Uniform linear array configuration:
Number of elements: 64
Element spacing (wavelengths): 0.5
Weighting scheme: exponential
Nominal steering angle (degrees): -45
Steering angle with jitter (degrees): -44.218
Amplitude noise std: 0.05
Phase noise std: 0.05

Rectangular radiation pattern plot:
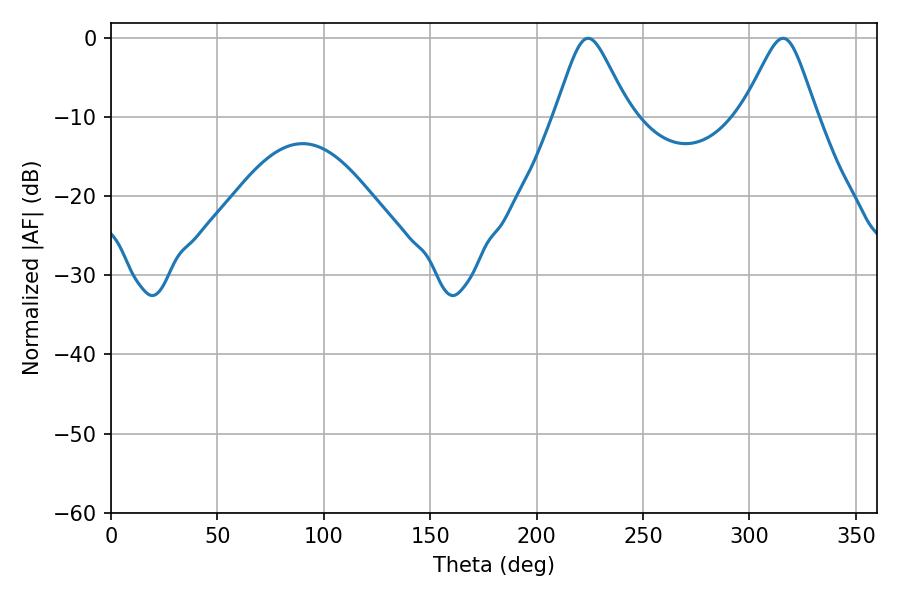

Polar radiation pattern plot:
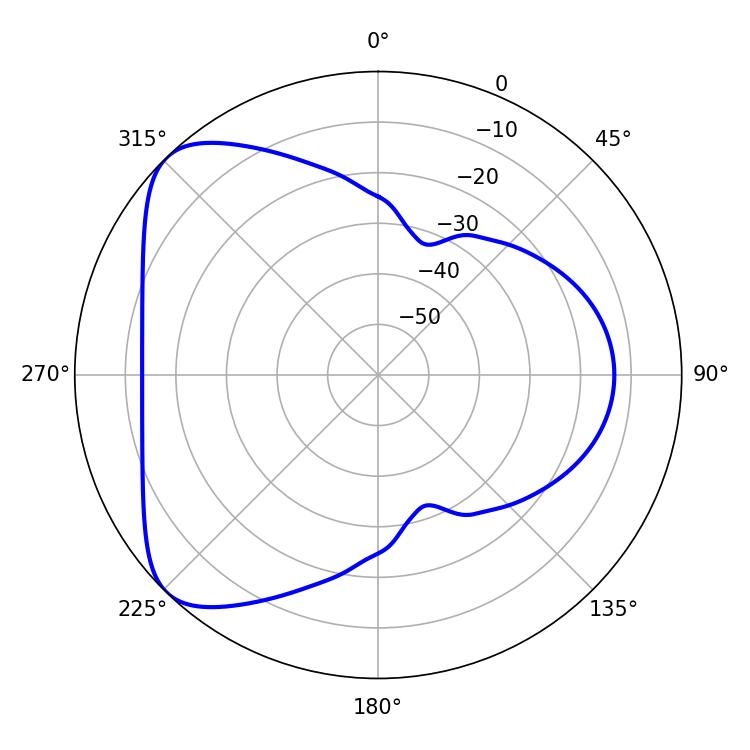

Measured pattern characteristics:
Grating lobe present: FALSE
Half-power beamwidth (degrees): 16.56
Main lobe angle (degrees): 224.1